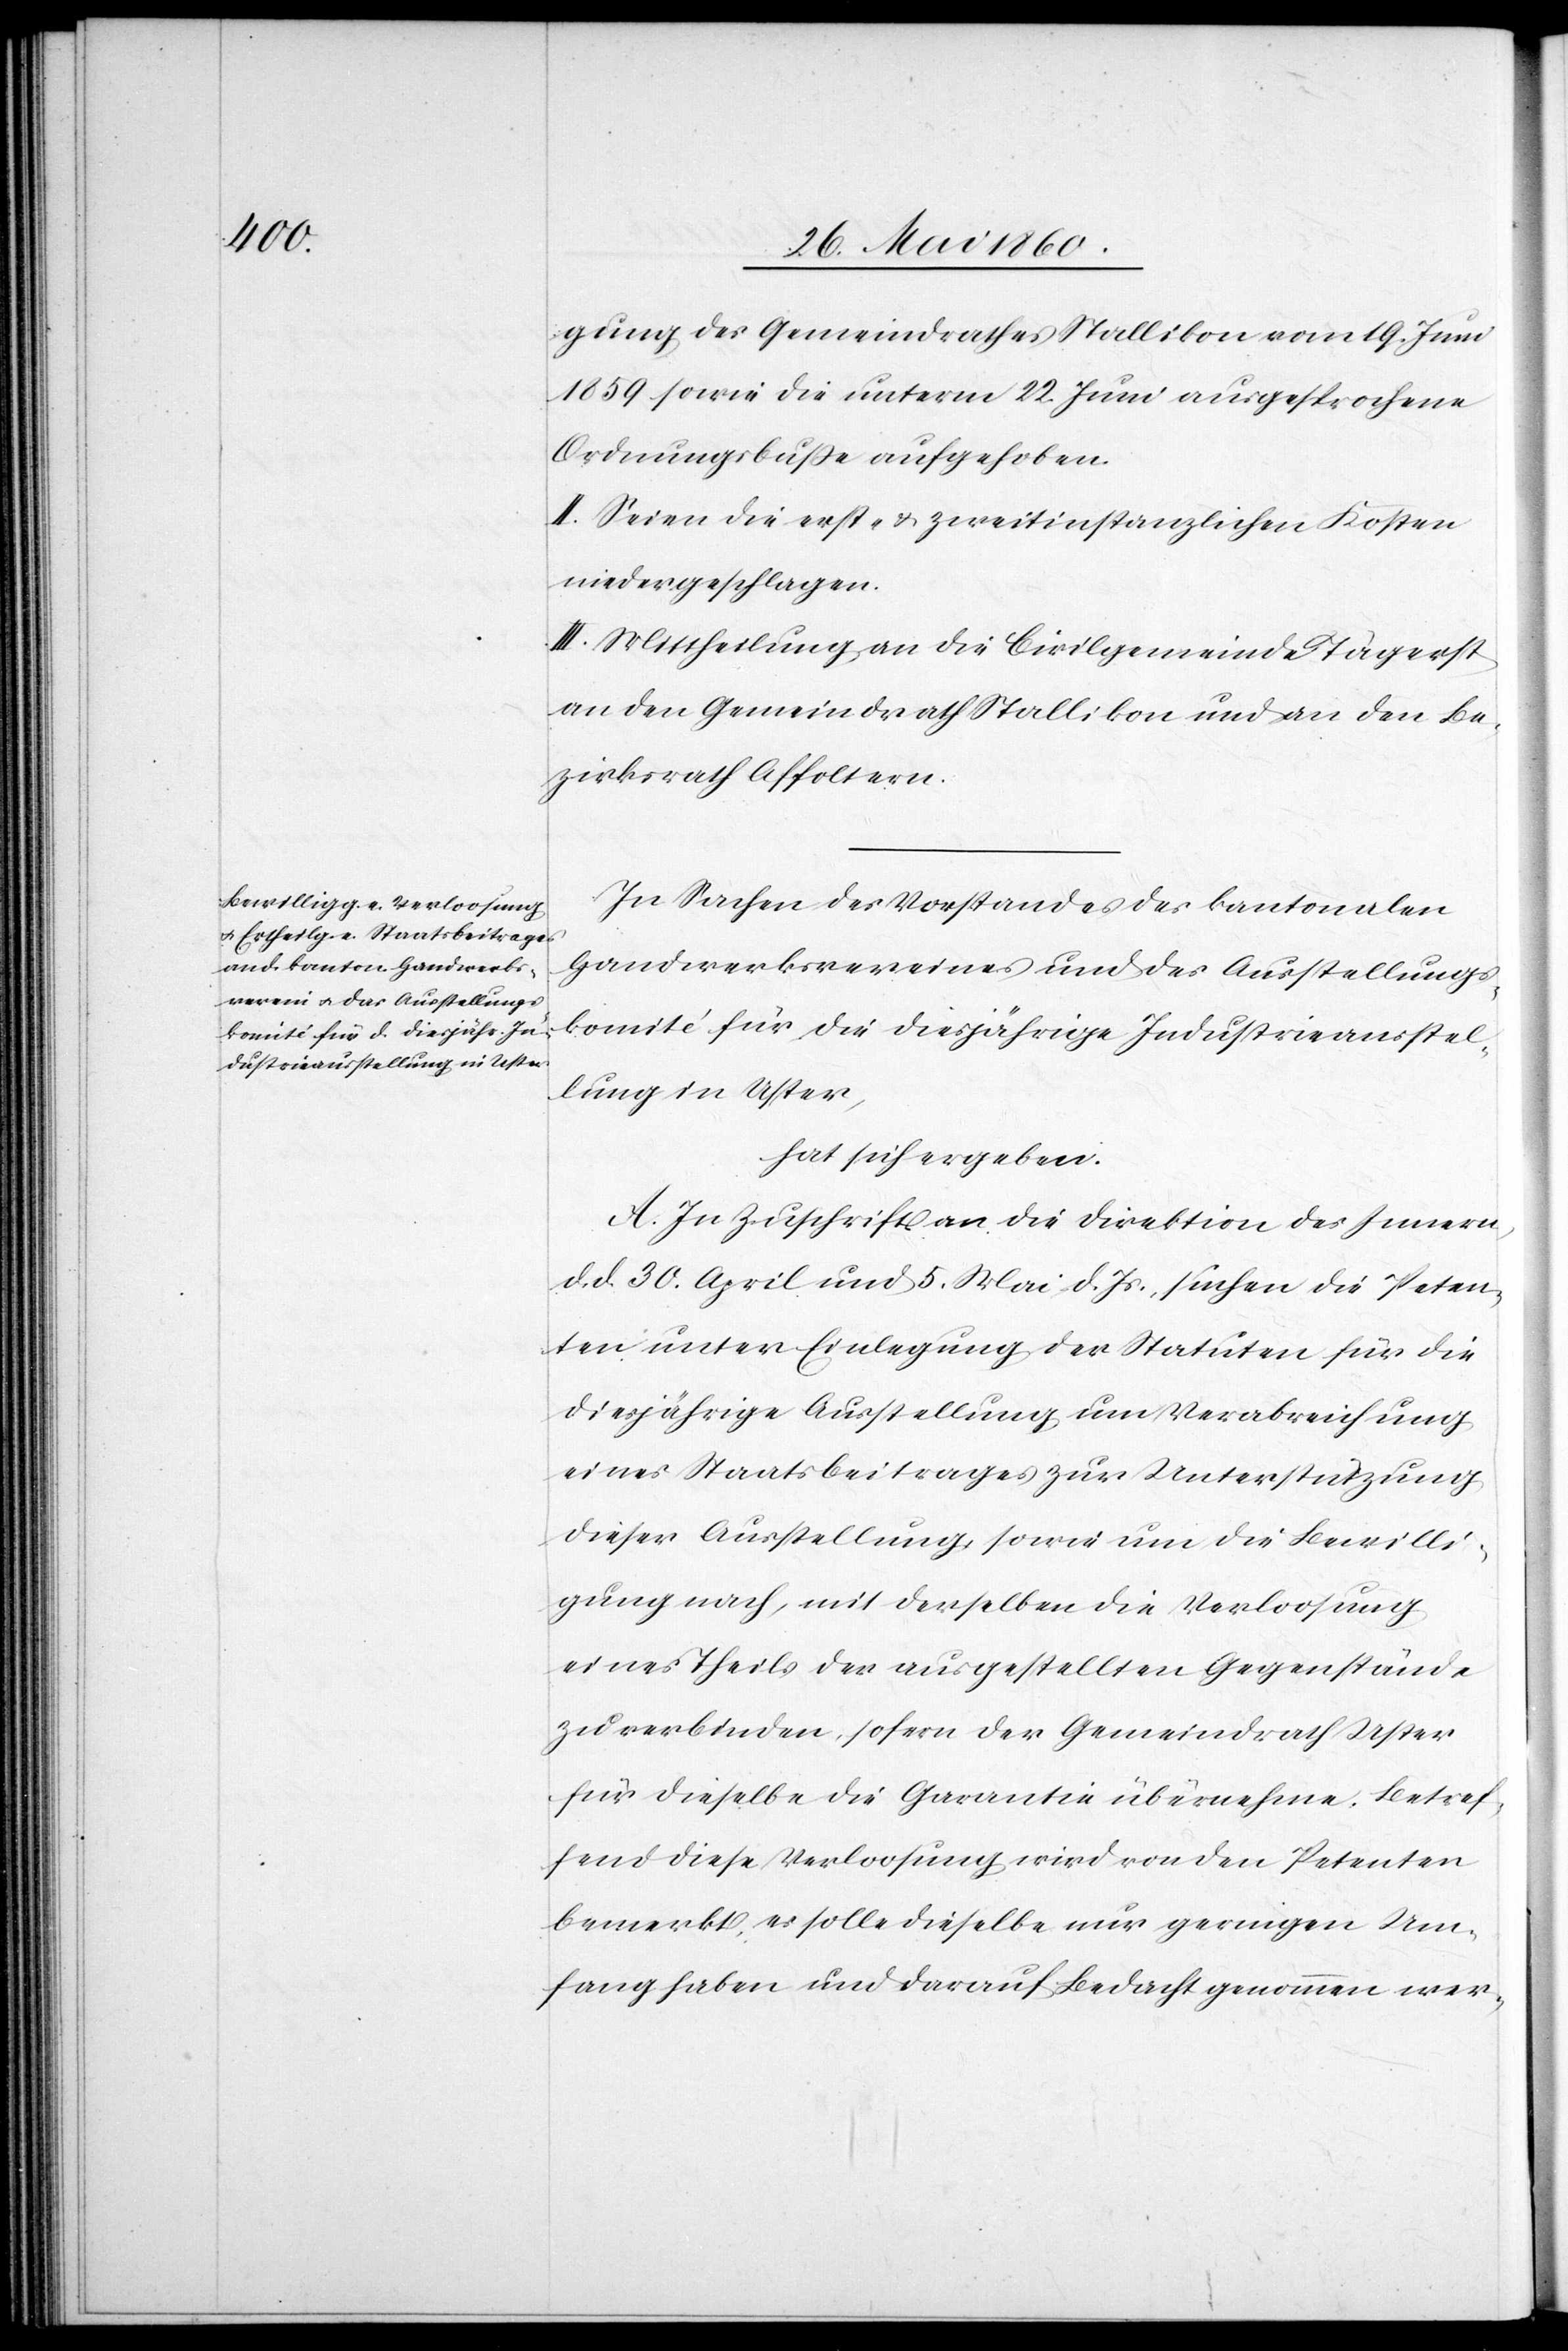
llung

gung des Gemeindrathes Stallikon vom 19. Juni
1859 sowie die unterm 22. Juni ausgesprochene
Ordnungsbusse aufgehoben.
II. Seien die erst- u. zweitinstanzlichen Kosten
niedergeschlagen.
III. Mittheilung an die Civilgemeinde Tägerst
an den Gemeindrath Stallikon und an den Be¬
zirksrath Affoltern.
In Sachen des Vorstandes des kantonalen
Handwerksvereines und des Ausstellungs¬
komité für die diesjährige Industrieanstel¬
hat sich ergeben:
A. In Zuschrift an die Direktion des Innern,
d. d. 30. April und 5. Mai d. Js. suchen die Peten¬
ten unter Einlegung der Statuten für die
diesjährige Ausstellung um Verabreichung
eines Staatsbeitrages zur Unterstützung
dieser Ausstellung sowie um die Bewilli¬
gung nach, mit derselben die Verloosung
eines Theils der ausgestellten Gegenstände
zu verbinden, sofern der Gemeindrath Uster
für dieselbe die Garantie übernehme. Betref¬
fend diese Verloosung wird von den Petenten
bemerkt, es solle dieselbe nur geringen Um¬
fang haben und darauf Bedacht genommen wer-